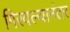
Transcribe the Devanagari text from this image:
गिरवल्यानंतर